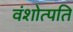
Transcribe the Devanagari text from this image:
वंशोत्पति